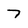
Character: 7